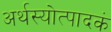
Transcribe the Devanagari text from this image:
अर्थस्योत्पादकं